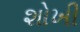
શોખી